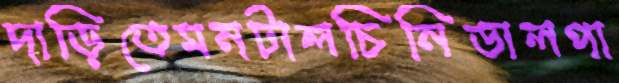
দাড়িতেমনটালচিনিডালপা